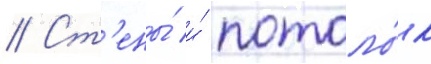
// Ст'ены́ и́ потоло́к